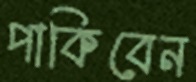
পাকিবেন